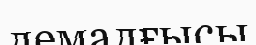
демалғысы